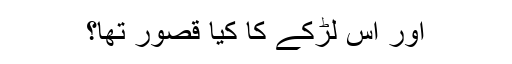
اور اس لڑکے کا کیا قصور تھا؟